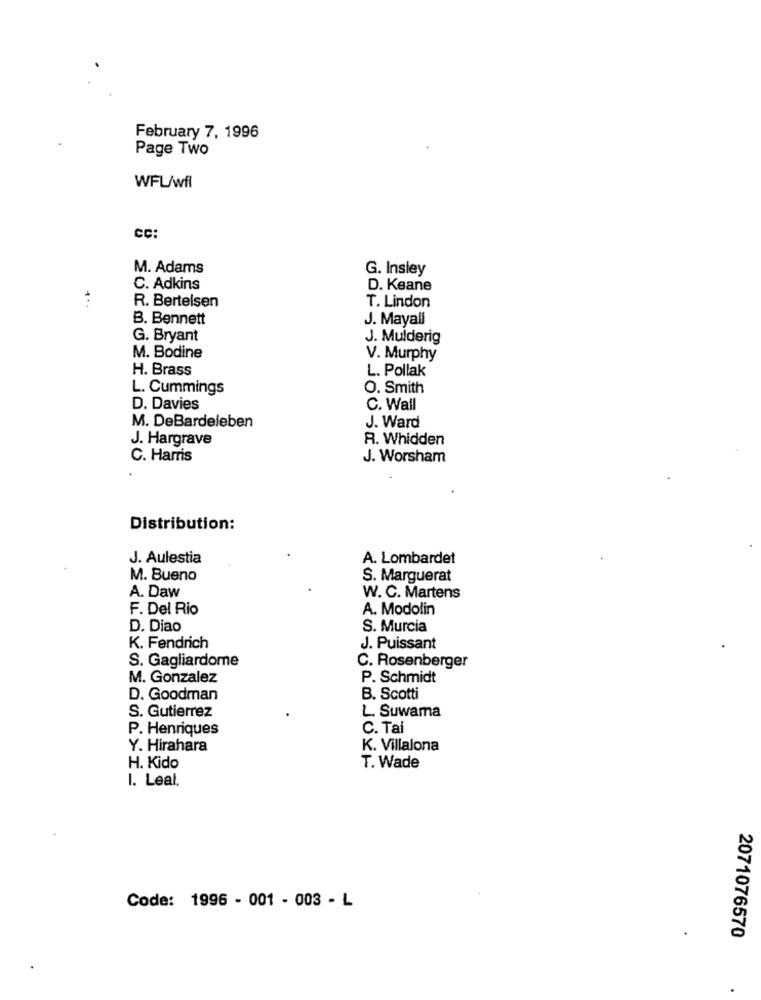
February 7, 1996
Page Two
WFL/wfl
CC:
M. Adams
G. Insiey
C. Adkins
D. Keane
R. Bertelsen
T. Lindon
B. Bennett
J. Mayall
G. Bryant
J. Mulderig
M. Bodine
V. Murphy
H. Brass
L. Pollak
L. Cummings
O. Smith
D. Davies
C. Wall
M. DeBardeleben
J. Ward
J. Hargrave
R. Whidden
C. Harris
J. Worsham
Distribution:
J. Aulestia
A. Lombardet
M. Bueno
S. Marguerat
A. Daw
W. C. Martens
F. Del Rio
A. Modolin
D. Diao
S. Murcia
K. Fendrich
J. Puissant
S. Gagliardome
C. Rosenberger
M. Gonzalez
P. Schmidt
D. Goodman
B. Scotti
S. Gutierrez
L. Suwama
P. Henriques
C. Tai
Y. Hirahara
K. Villalona
H. Kido
T. Wade
I. Leal.
Code: 1996 - 001 - 003 - L
2071076570
.